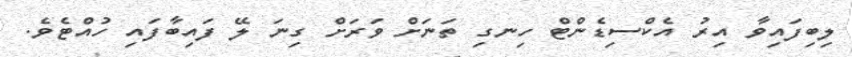
ލިބިފައިވާ އިރު އެކްސިޑެންޓް ހިނގި ތަނަށް ވަރަށް ގިނަ ލޭ ފައިބާފައި ހުއްޓެވެ.